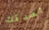
نصدقك